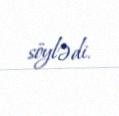
söylədi.